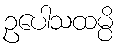
ဥပေါသထမ္ပိ